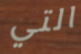
التي